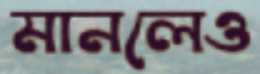
মানলেও